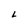
Character: L